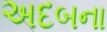
અદબના